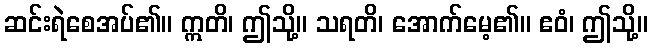
ဆင်းရဲစေအပ်၏။ ဣတိ၊ ဤသို့။ သရတိ၊ အောက်မေ့၏။ ဧဝံ၊ ဤသို့။